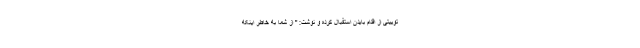
توییتی از اقدام بایدن استقبال کرده و نوشت: " از شما به خاطر اینکه